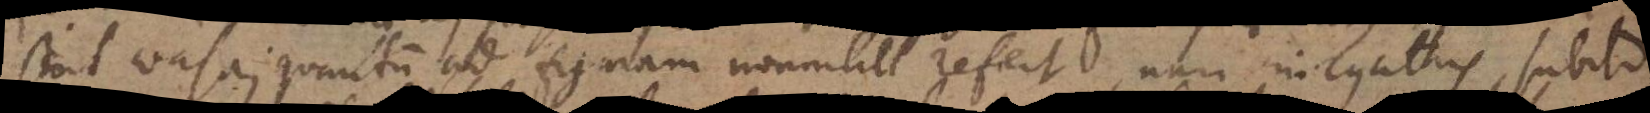
sint vasa; quantum ad figuram nonnihil refert, nam in cyathis, subito